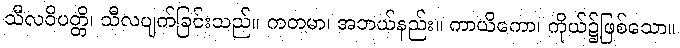
သီလဝိပတ္တိ၊ သီလပျက်ခြင်းသည်။ ကတမာ၊ အဘယ်နည်း။ ကာယိကော၊ ကိုယ်၌ဖြစ်သော။